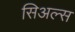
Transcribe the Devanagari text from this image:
सिअल्स